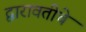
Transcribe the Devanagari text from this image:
द्वारावतीचे